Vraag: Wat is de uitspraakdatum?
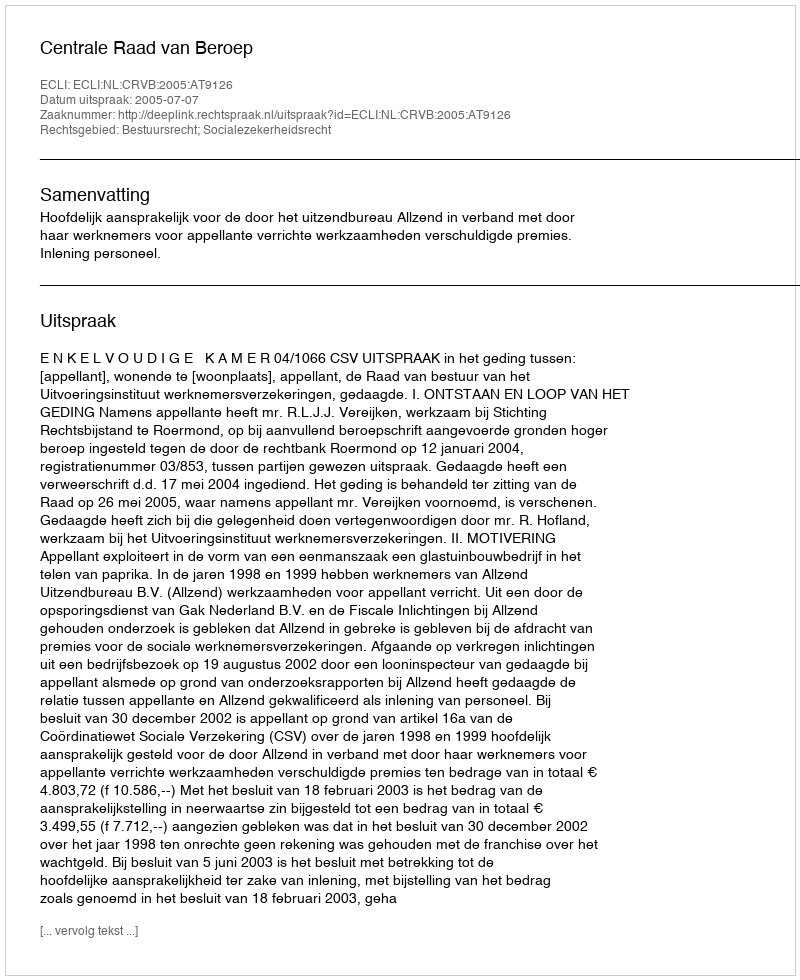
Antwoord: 2005-07-07